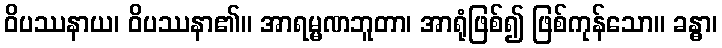
ဝိပဿနာယ၊ ဝိပဿနာ၏။ အာရမ္မဏဘူတာ၊ အာရုံဖြစ်၍ ဖြစ်ကုန်သော။ ခန္ဓာ၊